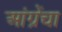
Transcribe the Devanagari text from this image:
आंग्रेंचा